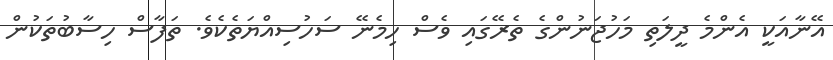
އޭނާއަކީ އެންމެ ދީލަތި މަހުޖަނުންގެ ތެރޭގައި ވެސް ހިމެނޭ ސަހުސިއްޔަތެކެވެ. ތަފާސް ހިސާބުތަކުން